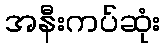
အနီးကပ်ဆုံး